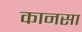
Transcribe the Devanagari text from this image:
कानसा